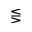
\lesseqgtr